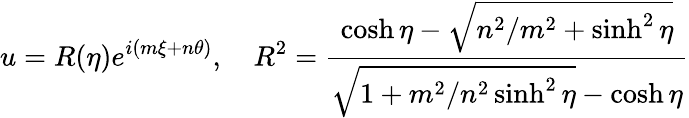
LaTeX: u=R(\eta)e^{i(m\xi+n\theta)},\quad R^{2}={\frac{\cosh\eta-\sqrt{n^{2}/m^{2}+\sinh^{2}\eta}}{\sqrt{1+m^{2}/n^{2}\sinh^{2}\eta}-\cosh\eta}}